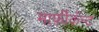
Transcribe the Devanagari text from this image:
मार्फ़ीकॅन्ट